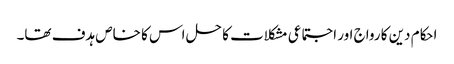
احکام دین کا رواج اور اجتماعی مشکلات کا حل اس کا خاص ہدف تھا۔